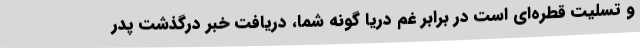
و تسلیت قطره‌ای است در برابر غم دریا گونه شما، دریافت خبر درگذشت پدر